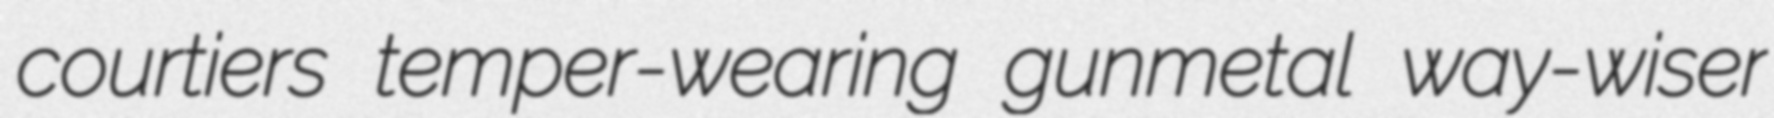
courtiers temper-wearing gunmetal way-wiser